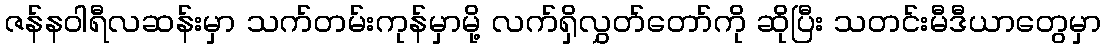
ဇန်နဝါရီလဆန်းမှာ သက်တမ်းကုန်မှာမို့ လက်ရှိလွှတ်တော်ကို ဆိုပြီး သတင်းမီဒီယာတွေမှာ